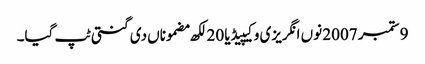
9 ستمبر 2007 نوں انگریزی وکیپیڈیا 20 لکھ مضموناں دی گنتی ٹپ گیا۔